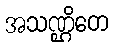
အသဏ္ဌိတေ